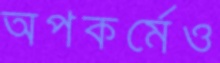
অপকর্মেও